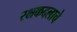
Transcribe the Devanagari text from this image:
रक्षकदलाचे